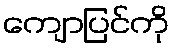
ကျောပြင်ကို